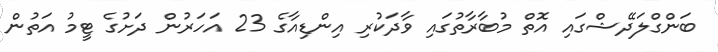
ބަންގްލަދޭޝްގައި އޮތް މުބާރާތުގައި ވާދަކުރި އިންޑިއާގެ 23 އަހަރުން ދަށުގެ ޓީމު އަތުން